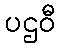
ပဌဝီ